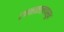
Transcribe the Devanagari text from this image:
रचनाकालापासून